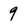
Character: 9